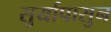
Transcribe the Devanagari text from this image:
सुर्यापासुन